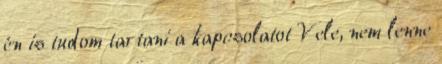
én is tudom tartani a kapcsolatot Vele, nem lenne